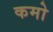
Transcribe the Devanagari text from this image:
कमो